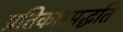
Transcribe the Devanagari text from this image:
प्रतिकारपद्धति